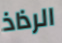
الرذاذ